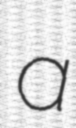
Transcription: a